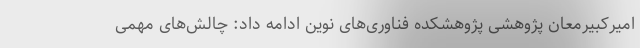
امیرکبیرمعان پژوهشی پژوهشکده فناوری‌های نوین ادامه داد: چالش‌های مهمی